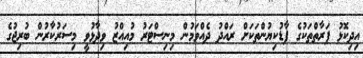
އިދިކޮޅު ފަރާތްތަކުގެ ފާޑުކިޔުންތަކަށް ރައްދު ދެއްވަމުން މިނިސްޓަރު މުއިއްޒު ވިދާޅުވީ މިސަރުކާރުން ބުރިޖުގެ